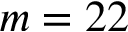
m = 2 2